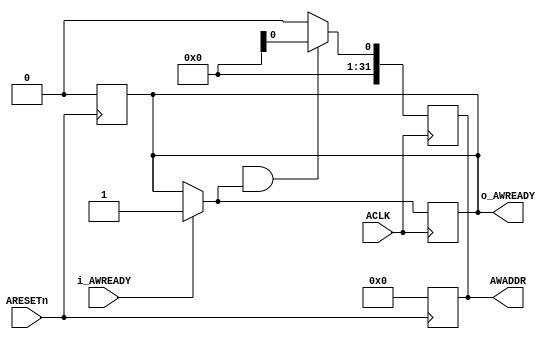
module write_address_slave(ACLK,ARESETn, i_AWREADY, o_AWREADY, AWADDR);
	input ACLK;
	input ARESETn;
	input i_AWREADY;
	output reg o_AWREADY;
	output reg [31:0] AWADDR;
	//input [2:0] AWPROT;         // Check
	
	always @(posedge ARESETn) begin    // RESET
		AWADDR <= 0;
		o_AWREADY <=0;
	end
	
	always @(posedge ACLK) begin       //Hand Shaking and addr sending
		if(i_AWREADY)
		o_AWREADY=1;

		if (write_address_master.o_AWVALID && o_AWREADY) 
		AWADDR <= write_address_master.o_AWADDR;
		
		else 
		AWADDR <= 0;
	
	end
endmodule